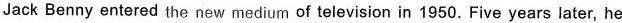
Jack Benny entered the new medium of television in 1950. Five years later, he